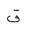
Letter: _qaf